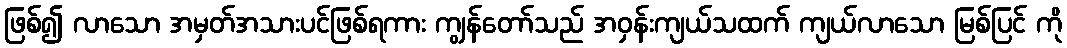
ဖြစ်၍ လာသော အမှတ်အသားပင်ဖြစ်ရကား ကျွန်တော်သည် အဝှန်းကျယ်သထက် ကျယ်လာသော မြစ်ပြင် ကို